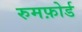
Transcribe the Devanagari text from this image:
रुमफ़ोर्ड